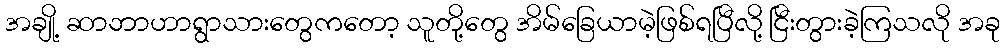
အချို့ ဆာဘာဟာရွာသားတွေကတော့ သူတို့တွေ အိမ်ခြေယာမဲ့ဖြစ်ရပြီလို့ ငြီးတွားခဲ့ကြသလို အခု